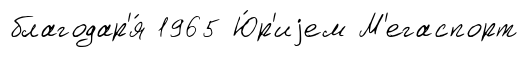
благодар'я́ 1965 Ю́р'иjем М'егаспорт